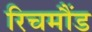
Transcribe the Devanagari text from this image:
रिचमौंड